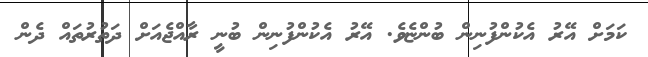
ކަމަށް އޭރު އެކުންފުނިން ބުންޏެވެ. އޭރު އެކުންފުނިން ބުނީ ރާއްޖެއަށް ދަތުރުތައް ދެން